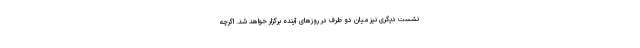
نشست دیگری نیز میان دو طرف در روزهای آینده برگزار خواهد شد. اگرچه